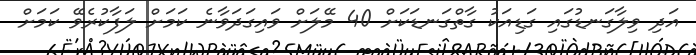
އަދި ވިލާގަނޑުގައި ގަޑިއަކު ގާތްގަނޑަކަށް 40 މޭލަށް ވައިގަދަވާނެ ކަމަށް ލަފާކުރެވޭ ކަމަށް